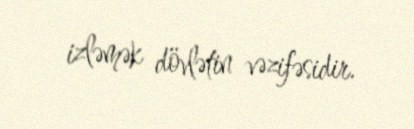
izləmək dövlətin vəzifəsidir.